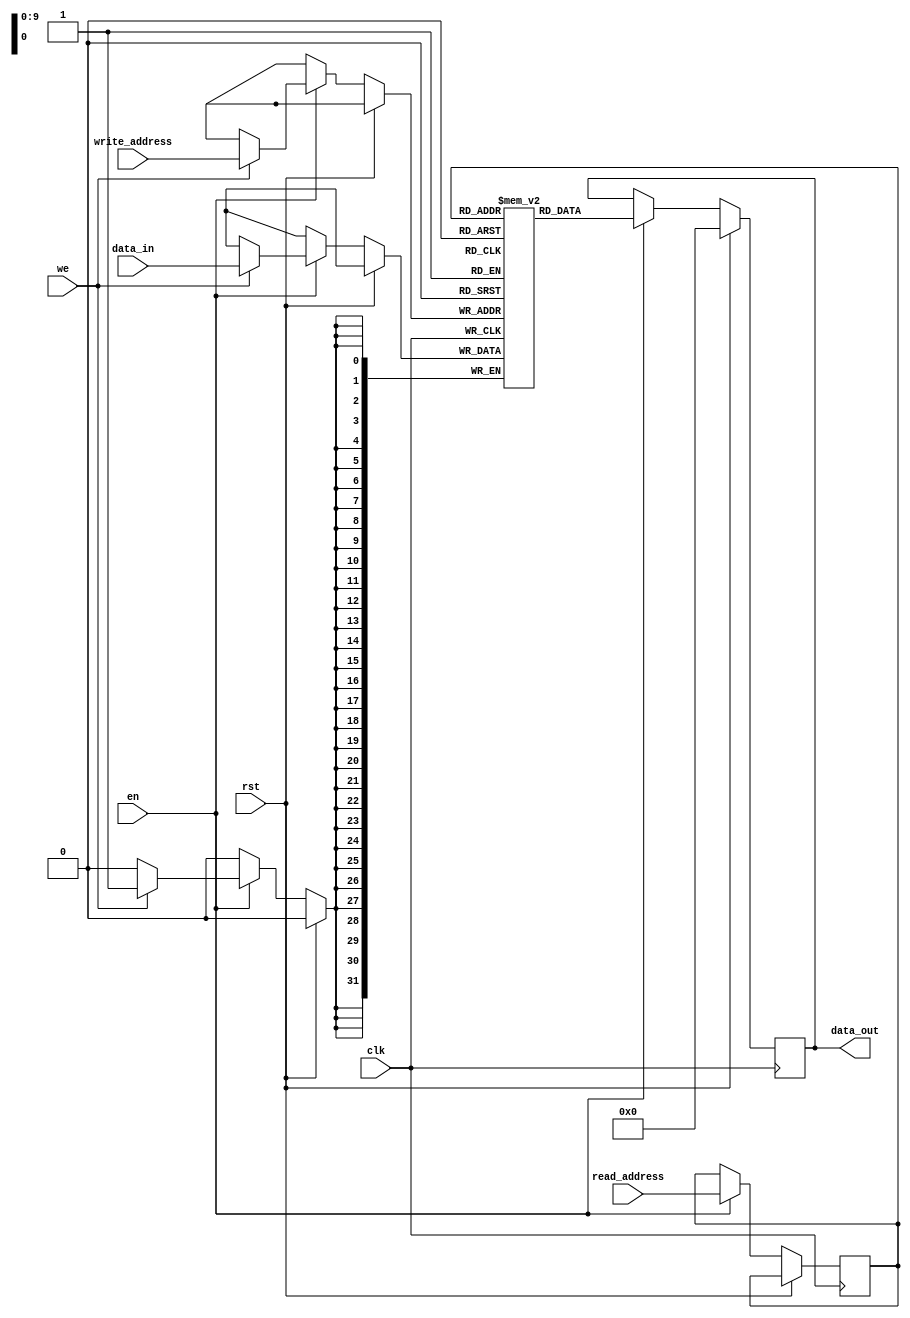
module bram #(
parameter DATA_WIDTH        = 32,
parameter ADDR_WIDTH        = 10,
parameter MEM_FILE          = "NOTHING",
parameter MEM_FILE_LENGTH   = -1

)(
input                             clk,
input                             rst,

input                             en,
input                             we,
input       [(ADDR_WIDTH - 1):0]  write_address,
input       [(ADDR_WIDTH - 1):0]  read_address,
input       [(DATA_WIDTH - 1):0]  data_in,
output reg  [(DATA_WIDTH - 1):0]  data_out
);


//synthesis attribute ram_style of mem is block
reg [(DATA_WIDTH - 1):0] mem [0:((1 << ADDR_WIDTH) - 1)]; //pragma attribute mem ram_block TRUE
reg [(ADDR_WIDTH - 1):0] read_address_reg;

initial begin
  if (MEM_FILE != "NOTHING") begin
    $display("Loading file...");
    $readmemh(MEM_FILE, mem, 0, MEM_FILE_LENGTH - 1);
  end
end

always @ (posedge clk) begin
	if (rst) begin
		data_out <= 0;
	end
	else begin
		if (en) begin
			read_address_reg <= read_address;

			if (we) begin
				mem[write_address] <= data_in;
			end
			data_out <= mem[read_address_reg];
		end
	end
end

endmodule